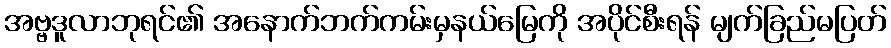
အဗ္ဗဒူလာဘုရင်၏ အနောက်ဘက်ကမ်းမှနယ်မြေကို အပိုင်စီးရန် မျက်ခြည်မပြတ်